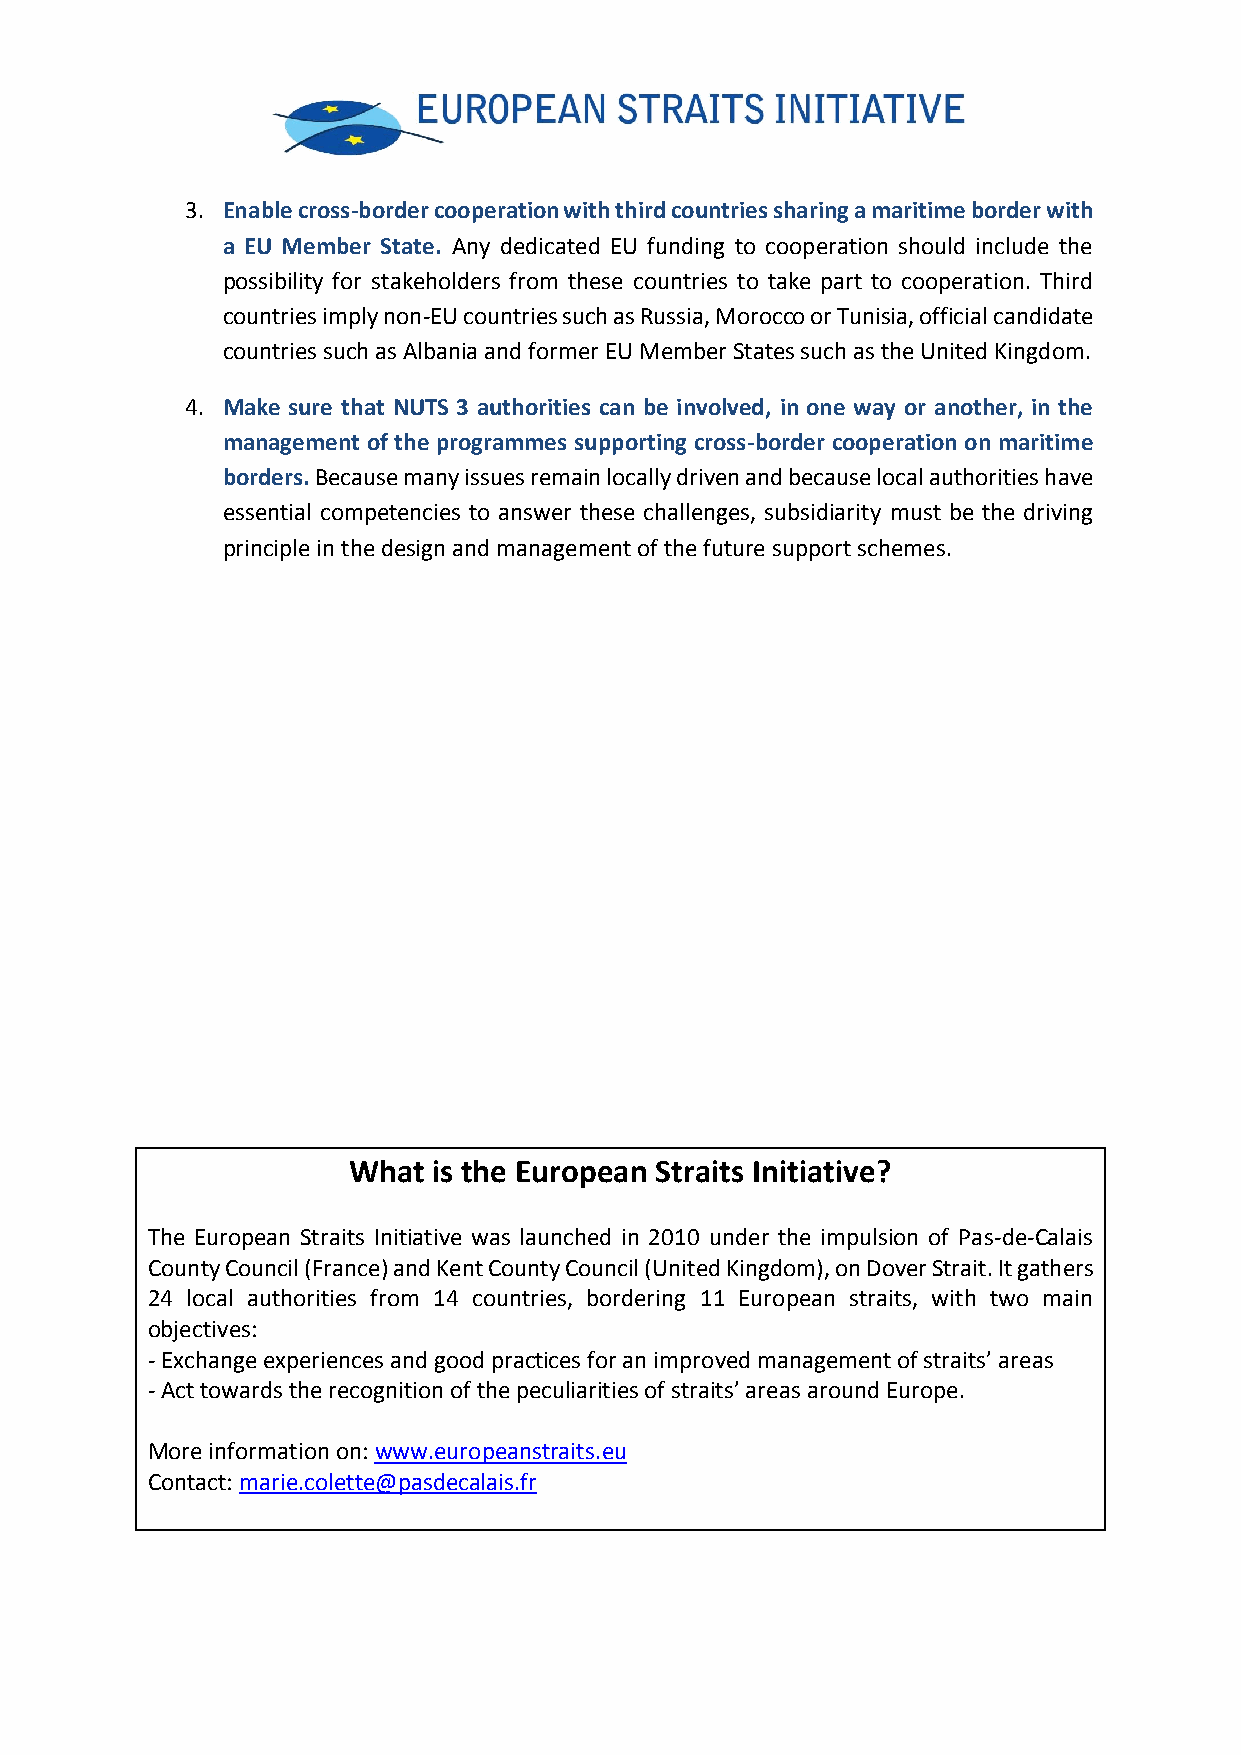
3. Enable cross-border cooperation with third countries sharing a maritime border with
 a EU Member State. Any dedicated EU funding to cooperation should include the
 possibility for stakeholders from these countries to take part to cooperation. Third
 countries imply non-EU countries such as Russia, Morocco or Tunisia, official candidate
 countries such as Albania and former EU Member States such as the United Kingdom.
 4. Make sure that NUTS 3 authorities can be involved, in one way or another, in the
 management of the programmes supporting cross-border cooperation on maritime
 borders. Because many issues remain locally driven and because local authorities have
 essential competencies to answer these challenges, subsidiarity must be the driving
 principle in the design and management of the future support schemes.
 What  is the European Straits Initiative?
 The European Straits Initiative was launched in 2010 under the impulsion of Pas-de-Calais
 County Council (France) and Kent County Council (United Kingdom), on Dover Strait. It gathers
 24 local authorities from 14 countries, bordering 11 European straits, with two main
 objectives:
 - Exchange experiences and good practices for an improved management of straits’ areas
 - Act towards the recognition of the peculiarities of straits’ areas around Europe.
 More information on: www.europeanstraits.eu
 Contact: marie.colette@pasdecalais.fr